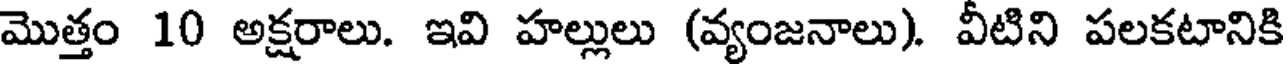
మొత్తం 10 అక్షరాలు. ఇవి హల్లులు (వ్యంజనాలు). వీటిని పలకటానికి